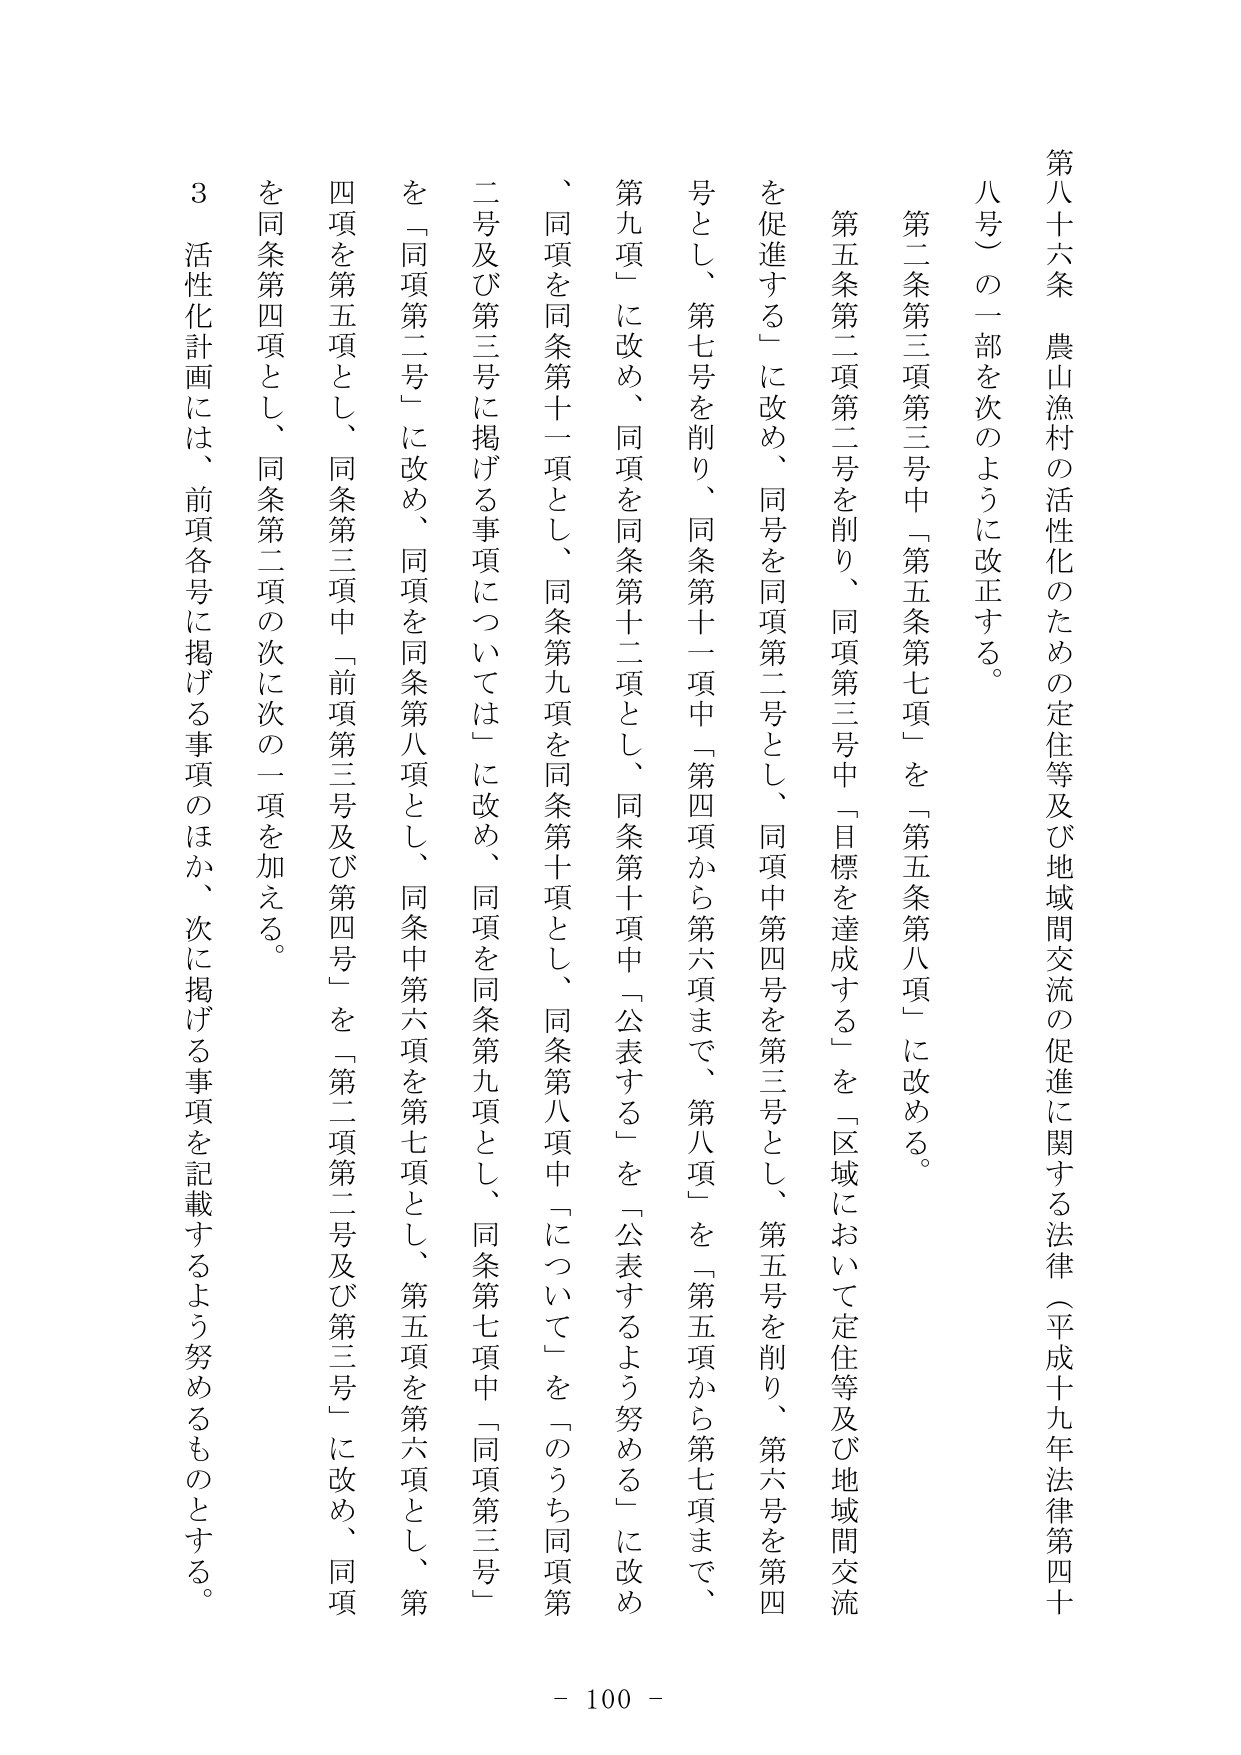
第八十六条 農山漁村の活性化のための定住等及び地域間交流の促進に関する法律（平成十九年法律第四十八号）の一部を次のように改正する。

第二条第三項第三号中「第五条第七項」を「第五条第八項」に改める。

第五条第二項第二号を削り、同項第三号中「目標を達成する」を「区域において定住等及び地域間交流を促進する」に改め、同号を同項第二号とし、同項中第四号を第三号とし、第五号を削り、第六号を第四号とし、第七号を削り、同条第十一項中「第四項から第六項まで、第八項」を「第五項から第七項まで、第九項」に改め、同項を同条第十二項とし、同条第十項中「公表する」を「公表するよう努める」に改め、同項を同条第十一項とし、同条第九項を同条第十項とし、同条第八項中「について」を「のうち同項第二号及び第三号に掲げる事項については」に改め、同項を同条第九項とし、同条第七項中「同項第三号」を「同項第二号」に改め、同項を同条第八項とし、同条中第六項を第七項とし、第五項を第六項とし、第四項を第五項とし、同条第三項中「前項第三号及び第四号」を「第二項第二号及び第三号」に改め、同項を同条第四項とし、同条第二項の次に次の一项を加える。

３ 活性化計画には、前項各号に掲げる事項のほか、次に掲げる事項を記載するよう努めるものとする。

- 100 -